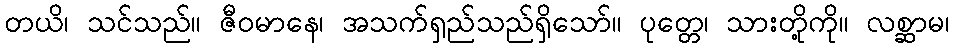
တယိ၊ သင်သည်။ ဇီဝမာနေ၊ အသက်ရှည်သည်ရှိသော်။ ပုတ္တေ၊ သားတို့ကို။ လစ္ဆာမ၊